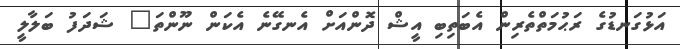
އަޅުގަނޑުގެ ރަޙުމަތްތެރިން އެބަތިބި އީޝް ދޮންއަށް އެނގޭނެ އެކަން ނޫންތަ" ޝަދަފު ބަލާލީ